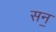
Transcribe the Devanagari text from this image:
सन॒